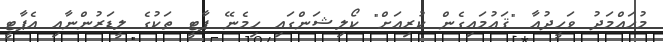
މުހައްމަދު ވަހީދުއާ "ޤައުމައިގެން ކުރިއަށް" ކޯލިޝަންގައި ހިމެނޭ ޕާޓީ ތަކުގެ ލީޑަރުންނާއި އެޕާޓީ